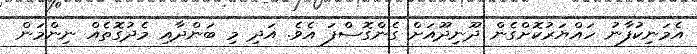
އެމަނިކުފާނު ހައްޔަރުކޮށްގެން ދޫނިދޫއަށް ގެންގޮސްފަ އެވެ. އަދި މި ބަންދާއި މެދުގޮތެއް ނިންމަން